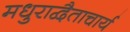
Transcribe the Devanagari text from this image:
मधुराद्वैताचार्य